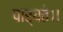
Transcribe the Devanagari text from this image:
पार्यते।।